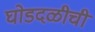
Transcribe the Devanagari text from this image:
घोडदळीची